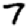
Digit: 7